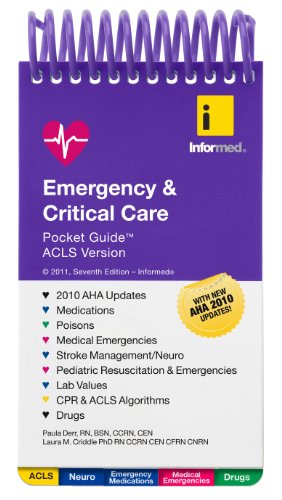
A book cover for Emergency  &  Critical Care Pocket Guide, ACLS Version; Paula Derr; Medical Books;